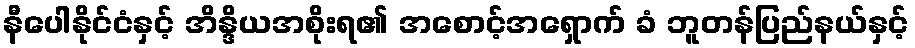
နီပေါနိုင်ငံနှင့် အိန္ဒိယအစိုးရ၏ အစောင့်အရှောက် ခံ ဘူတန်ပြည်နယ်နှင့်